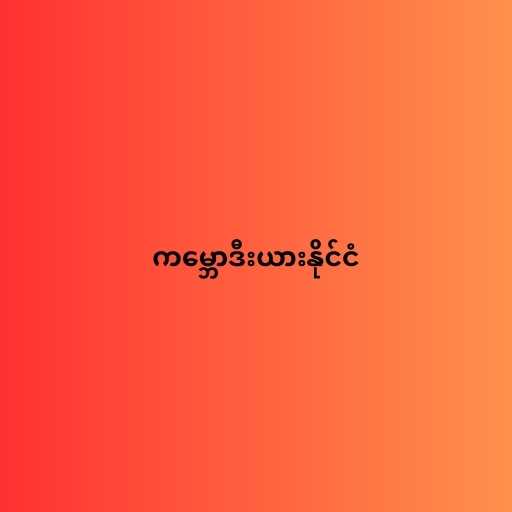
ကမ္ဘောဒီးယားနိုင်ငံ